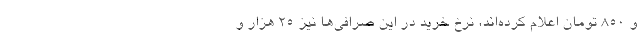
و 850 تومان اعلام کرده‌اند، نرخ خرید در این صرافی‌ها نیز 25 هزار و